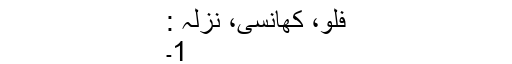
فلو، کھانسی، نزلہ :
1۔